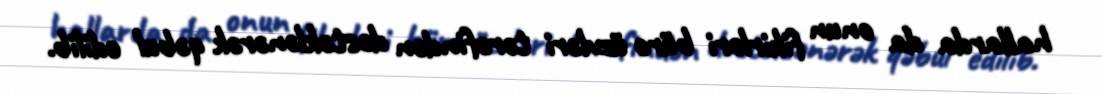
hallarda da onun fikirləri büro üzvləri tərəfindən dəstəklənərək qəbul edilib.